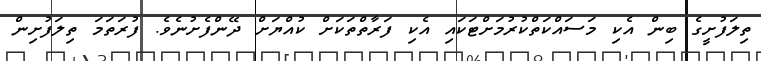
ތިލަފުށީގެ ބިން އެކި މަސައްކަތްކުރުމަށްޓަކައި އެކި ފަރާތްތަކަށް ކުއްޔަށް ދޭންފެށުނެވެ. ފުރަތަމަ ތިލަފުށިން